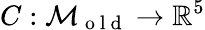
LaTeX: C:\mathcal{M}_{\mathrm{~o~l~d~}}\to\mathbb{R}^{5}